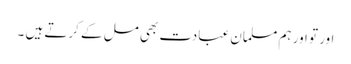
اور تو اور ہم مسلمان عبادت بھی مل کے کرتے ہیں ۔